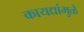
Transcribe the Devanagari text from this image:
कायद्यांमुळे